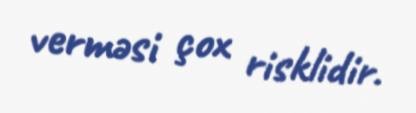
verməsi çox risklidir.